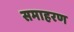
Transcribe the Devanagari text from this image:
समाहरण